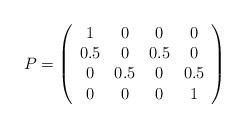
LaTeX: \begin{align*} P = \left(\begin{array}{cccc} 1 & 0 & 0 & 0 \\ 0.5 & 0 & 0.5 & 0 \\ 0 & 0.5 & 0 & 0.5 \\ 0 & 0 & 0 & 1 \end{array}\right)\end{align*}